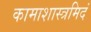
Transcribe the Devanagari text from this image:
कामाशास्त्रमिदं